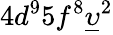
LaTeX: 4d^{9}5f^{8}\underline{{\upsilon}}^{2}